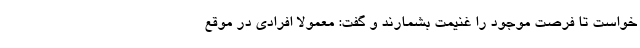
خواست تا فرصت موجود را غنیمت بشمارند و گفت: معمولا افرادی در موقع